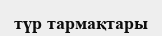
түр тармақтары